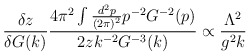
\begin{align*}\frac{\delta z}{\delta G(k)} \frac{4\pi^2 \int \frac{d^2p}{(2\pi)^2}p^{-2}G^{-2}(p)}{2zk^{-2}G^{-3}(k)} \propto\frac{\Lambda^2}{g^2 k}\end{align*}